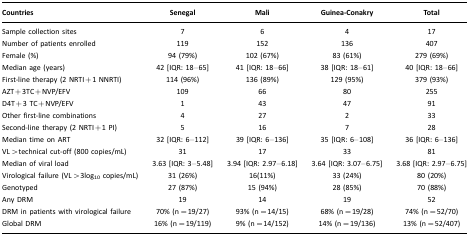
| Countries | Senegal | Mali | Guinea-Conakry | Total |
 | --- | --- | --- | --- | --- |
 | Sample collection sites | 7 | 6 | 4 | 17 |
 | Number of patients enrolled | 119 | 152 | 136 | 407 |
 | Female (%) | 94 (79%) | 102 (67%) | 83 (61%) | 279 (69%) |
 | Median age (years) | 42 [IQR: 18–65] | 41 [IQR: 18–66] | 38 [IQR: 18–61] | 40 [IQR: 18–66] |
 | First-line therapy (2 NRTI+1 NNRTI) | 114 (96%) | 136 (89%) | 129 (95%) | 379 (93%) |
 | AZT+3TC+NVP/EFV | 109 | 66 | 80 | 255 |
 | D4T+3 TC+NVP/EFV | 1 | 43 | 47 | 91 |
 | Other first-line combinations | 4 | 27 | 2 | 33 |
 | Second-line therapy (2 NRTI+1 PI) | 5 | 16 | 7 | 28 |
 | Median time on ART | 32 [IQR: 6–112] | 39 [IQR: 6–136] | 35 [IQR: 6–108] | 36 [IQR: 6–136] |
 | VL>technical cut-off (800 copies/mL) | 31 | 17 | 33 | 81 |
 | Median of viral load | 3.63 [IQR: 3–5.48] | 3.94 [IQR: 2.97–6.18] | 3.64 [IQR: 3.07–6.75] | 3.68 [IQR: 2.97–6.75] |
 | Virological failure (VL>3log10 copies/mL) | 31 (26%) | 16(11%) | 33 (24%) | 80 (20%) |
 | Genotyped | 27 (87%) | 15 (94%) | 28 (85%) | 70 (88%) |
 | Any DRM | 19 | 14 | 19 | 52 |
 | DRM in patients with virological failure | 70% (n=19/27) | 93% (n=14/15) | 68% (n=19/28) | 74% (n=52/70) |
 | Global DRM | 16% (n=19/119) | 9% (n=14/152) | 14% (n=19/136) | 13% (n=52/407) |